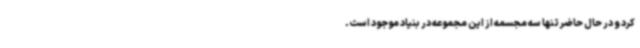
کرد و در حال حاضر تنها سه مجسمه از این مجموعه در بنیاد موجود است.